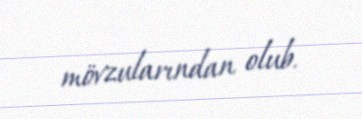
mövzularından olub.